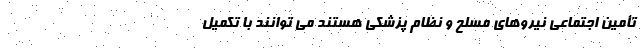
تأمین اجتماعی نیروهای مسلح و نظام پزشکی هستند می توانند با تکمیل